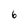
Character: 6